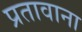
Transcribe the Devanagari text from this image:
प्रतावाना